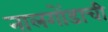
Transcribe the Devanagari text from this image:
नालगोंडाची